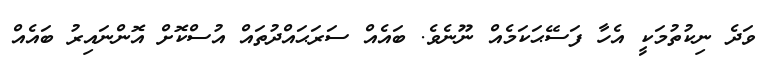
ވަދެ ނިކުތުމަކީ އެހާ ފަސޭޙަކަމެއް ނޫނެވެ. ބައެއް ސަރަޙައްދުތައް އުސްކޮށް އޮންނައިރު ބައެއް